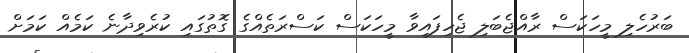
ބަރުހެލި މީހަކަސް ރާއްޖެބަލި ޖެހިފައިވާ މީހަކަސް ކަސްރަތެއްގެ ގޮތުގައި ކުރެވިދާނެ ކަމެއް ކަމަށް